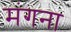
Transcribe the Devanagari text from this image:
मंगना